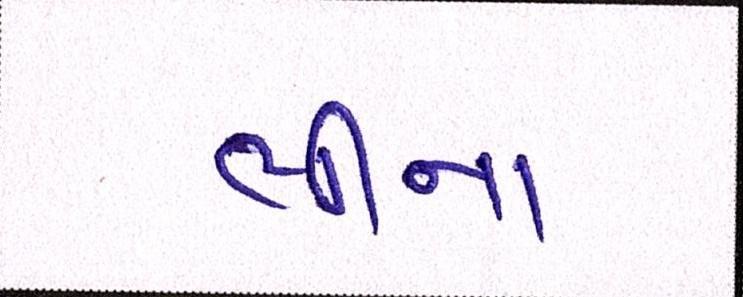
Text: ભીનાં